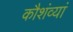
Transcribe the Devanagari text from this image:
कौशंव्यां